Annual report of the Punjab Veterinary College and of the Civil Veterinary Department, Punjab - 1920-1925
Year: 1920
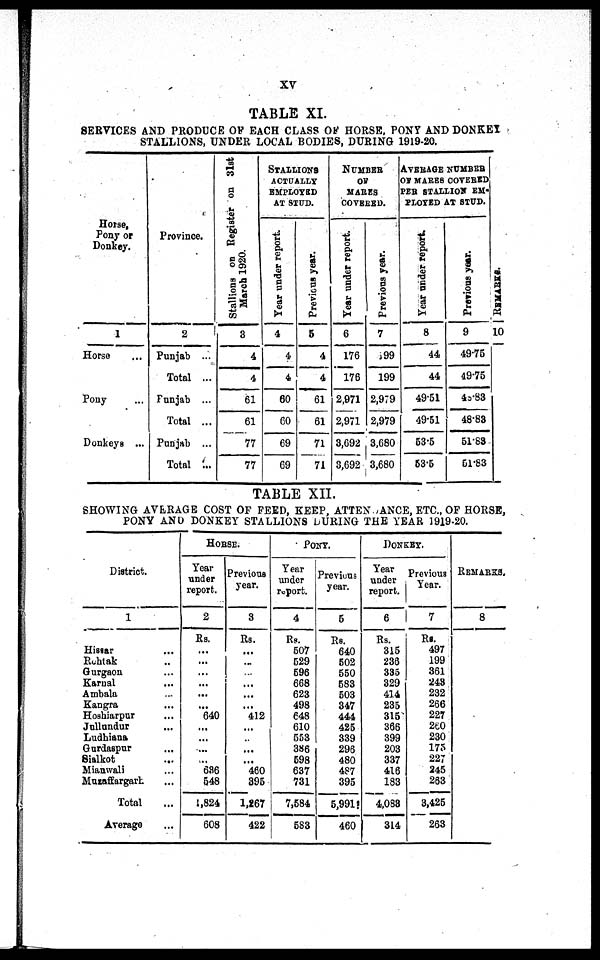
XV
TABLE XI.
SERVICES A N D PRODUCE O F EACH CLASS OF HORSE, PONY A N D DONKEY
STALLIONS, UNDER LOCAL BODIES, DURING 1919-20.
Horse,
Pony or
Donkey.
1
Horse ...
Pony ...
Donkeys ...
Province.
2
Punjab ...
Total ...
Punjab ...
Total ...
Punjab ...
Total ...
Stallions on Register on 31st
March 1920.
3
4
4
61
61
77
77
STALLI ONS
ACTUALLY
EMPLOYED
A T STUD.
Year under report.
4
4
4
60
60
69
69
Previous year.
5
4
4
61
61
71
71
NUMBER
OF
MARES
COVERED.
Year under report.
6
176
176
2, 971
2, 971
3, 692
3, 692
Previous year
7
199
199
2, 979
2, 979
3, 680
3, 680
AVERAGE NUMBER
OF MARES COVERED
PER STALLI ON E M -
PLOYED A T STUD.
Year under report.
8
44
44
49. 51
49. 51
53. 5
53. 5
Previous year.
9
49. 75
49. 75
45. 83
48-83
51. 83
51. 83
RE MARKS .
10
TABLE XII.
SHOWING AVERAGE COST OF FEED, KEEP, ATTENDANCE, ETC., OF HORSE,
PONY AND DONKEY STALLIONS DURING THE YEAR 1919-20.
District.
1
Hissar
...
Rohtak ...
Gurgaon ...
Karnal ...
Ambal a ...
Kangra ...
Hoshiarpur ...
Jullundur ...
Ludhiana
Gurdaspur ...
Sialkot ...
Mi anwal i ...
Muzaffargarh ...
Total ...
Average ...
HORSE.
Year
under
report.
2
Rs.
...
...
...
...
...
... 640
...
...
...
... 636
548
1, 824
608
Previous
year.
3
Rs.
...
...
... ...
...
...
412
...
... ...
...
460
395
1, 267
422
PONY.
Year
under
report.
4
Rs.
507
529
696
668
623
498
648
610
553
386
598
637
731
7, 584
583
Previons
year.
5
Rs.
640
502
550
583
503
347
444
425
339
296
480
487
395
5, 991
460
DONKEY.
Year
under
report.
6
Rs.
315
236
335
329
414
235
315
366
399
203
337
416
183
4, 083
314
Previous
Year.
7
Rs.
497
199
361
243
232
266
227
260
230
175
227
245
263
3, 425
263
REMARKS.
8